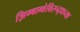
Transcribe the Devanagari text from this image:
झिम्बाब्वेविरूद्धच्या